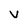
Character: v